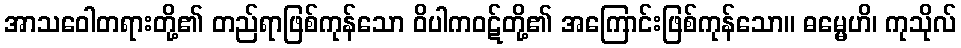
အာသဝေါတရားတို့၏ တည်ရာဖြစ်ကုန်သော ဝိပါကဝဋ်တို့၏ အကြောင်းဖြစ်ကုန်သော။ ဓမ္မေဟိ၊ ကုသိုလ်